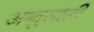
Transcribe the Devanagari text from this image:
अब्दुलाली